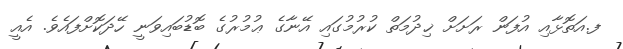
ފ.އަތޮޅާއި އުފަން ރަށަށް ޚިދުމަތް ކުރުމުގައި އޭނާގެ ޢުމުރުގެ ބޮޑުބައިވަނީ ހޭދަކޮށްފައެވެ. އެއީ